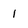
Character: 1